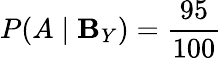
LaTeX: P(A\mid\mathbf{B}_{Y})={\frac{{95}}{{100}}}